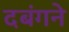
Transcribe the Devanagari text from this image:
दबंगने